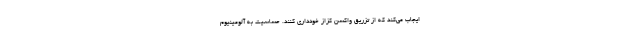
ایجاب می‌کند که از تزریق واکسن کزاز خودداری کنند. حساسیت به آلومینیوم